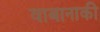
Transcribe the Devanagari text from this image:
वाबानाकी